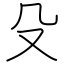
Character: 殳